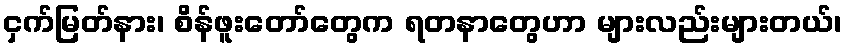
ငှက်မြတ်နား၊ စိန်ဖူးတော်တွေက ရတနာတွေဟာ များလည်းများတယ်၊